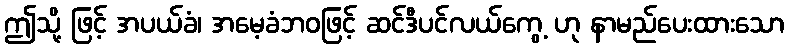
ဤသို့ ဖြင့် အပယ်ခံ၊ အမေ့ခံဘဝဖြင့် ဆင်ဒီပင်လယ်ကွေ့ ဟု နာမည်ပေးထားသော